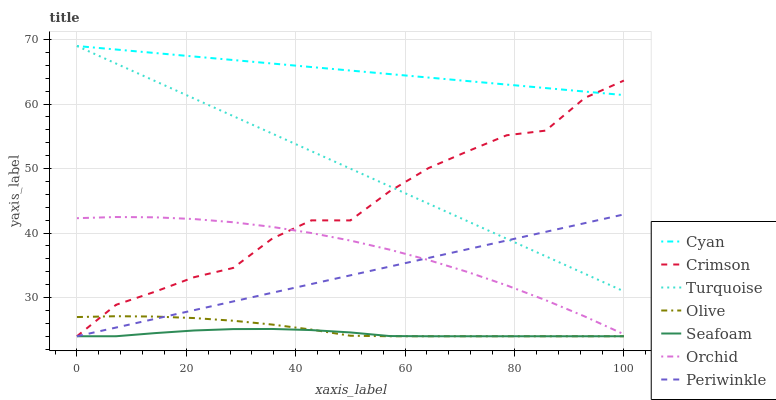
| xaxis_label | Cyan | Crimson | Turquoise | Olive | Seafoam | Orchid | Periwinkle |
 | --- | --- | --- | --- | --- | --- | --- | --- |
 | 0 | 69 | 24 | 69 | 27 | 24 | 42.3 | 24 |
 | 7.14 | 68.5 | 28.9 | 66.3 | 27.1 | 24 | 42.5 | 25.3 |
 | 14.3 | 67.9 | 30.9 | 63.6 | 27.1 | 24.5 | 42.4 | 26.7 |
 | 21.4 | 67.4 | 33.2 | 60.9 | 26.8 | 24.9 | 42.2 | 28 |
 | 28.6 | 66.8 | 34.6 | 58.1 | 26.4 | 25.1 | 41.7 | 29.4 |
 | 35.7 | 66.3 | 39.1 | 55.4 | 25.8 | 25.1 | 41 | 30.7 |
 | 42.9 | 65.7 | 42 | 52.7 | 25 | 25 | 40 | 32.1 |
 | 50 | 65.2 | 42 | 50 | 24.1 | 24.6 | 38.8 | 33.4 |
 | 57.1 | 64.7 | 46.5 | 47.3 | 24 | 24 | 37.4 | 34.8 |
 | 64.3 | 64.1 | 50.1 | 44.6 | 24 | 24 | 35.8 | 36.1 |
 | 71.4 | 63.6 | 52.7 | 41.8 | 24 | 24 | 34 | 37.5 |
 | 78.6 | 63 | 55.2 | 39.1 | 24 | 24 | 31.9 | 38.8 |
 | 85.7 | 62.5 | 55.9 | 36.4 | 24 | 24 | 29.6 | 40.2 |
 | 92.9 | 61.9 | 61 | 33.7 | 24 | 24 | 27.1 | 41.5 |
 | 100 | 61.4 | 63.6 | 31 | 24 | 24 | 24.3 | 42.9 |